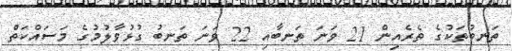
ތަނބުތަކުގެ ތެރެއިން 21 ވަނަ ތަނބާއި 22 ވަނަ ތަނބު ގުޅުވާލުމުގެ މަސައްކަތް